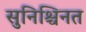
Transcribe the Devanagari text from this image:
सुनिश्चिनत